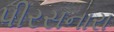
પીરસનારા